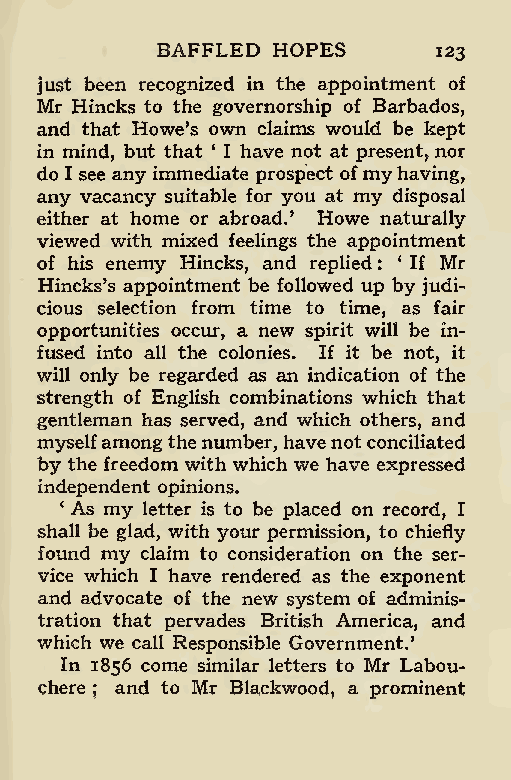
BAFFLED HOPES
 123
 just been recognized in the appointment of
 Mr Hincks to the governorship of Barbados,
 and that Howe’s own claims would be kept
 in mind, but that ‘ I have not at present, nor
 do I see any immediate prospect ofmy having,
 any vacancy suitable for you at my disposal
 either at home or abroad.’ Howe naturally
 viewed with mixed feelings the appointment
 of his enemy Hincks, and replied : * If Mr
 Hincks’s appointment be followed up by judi-
 cious selection from time to time, as fair
 opportunities occur, a new spirit will be in-
 fused into all the colonies. If it be not, it
 will only be regarded as an indication of the
 strength of English combinations which that
 gentleman has served, and which others, and
 myselfamongthenumber, havenotconciliated
 by the freedom with which we have expressed
 independent opinions.
 ‘ As my letter is to be placed on record, I
 shall be glad, with your permission, to chiefly
 found my claim to consideration on the ser-
 vice which I have rendered as the exponent
 and advocate of the new system of adminis-
 tration that pervades British America, and
 which we call Responsible Government.’
 In 1856 come similar letters to Mr Labou-
 chere and to Mr Blackwood, a prominent
 ;